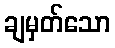
ချမှတ်သော